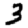
Digit: 3